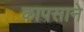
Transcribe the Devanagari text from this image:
कापसाने